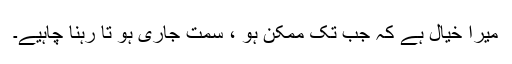
میرا خیال ہے کہ جب تک ممکن ہو ، سمت جاری ہو تا رہنا چاہیے۔